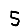
Digit: 5